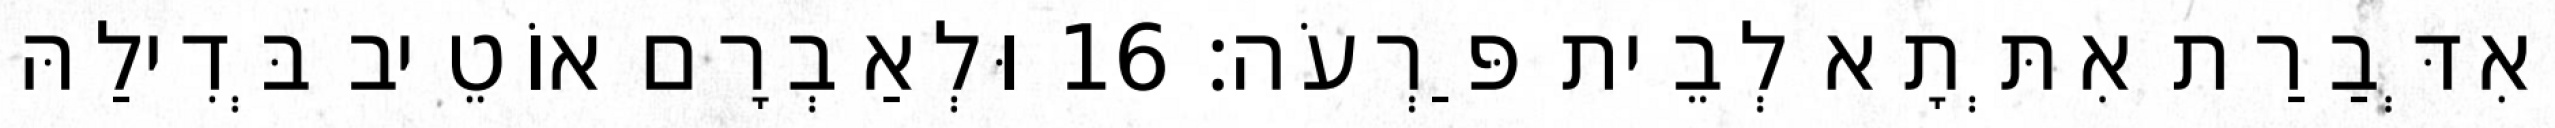
וְאִדְּבַרַת אִתְּתָא לְבֵית פַּרְעֹה׃ 16 וּלְאַבְרָם אוֹטֵיב בְּדִילַהּ